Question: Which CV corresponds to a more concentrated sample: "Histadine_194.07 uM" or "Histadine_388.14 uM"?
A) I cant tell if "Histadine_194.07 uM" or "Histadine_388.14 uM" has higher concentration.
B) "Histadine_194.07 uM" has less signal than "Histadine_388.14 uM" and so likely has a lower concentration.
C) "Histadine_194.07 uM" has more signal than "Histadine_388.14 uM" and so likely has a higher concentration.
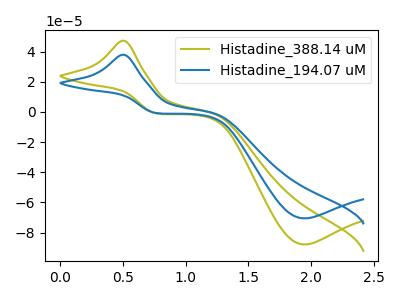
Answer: <think>The olive curve "Histadine_388.14 uM" has an anodic peak at (0.50V, 47.25uA) and a cathodic peak at (1.95V, -87.95uA). The blue curve "Histadine_194.07 uM" has an anodic peak at (0.50V, 37.95uA) and a cathodic peak at (1.95V, -70.60uA).
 All the peaks in "Histadine_194.07 uM" have a peak in "Histadine_388.14 uM" at the same potential. Every peak in "Histadine_194.07 uM" is lower than every peak in "Histadine_388.14 uM".</think>
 <answer>B) "Histadine_194.07 uM" has less signal than "Histadine_388.14 uM" and so likely has a lower concentration.</answer>
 <eval>B</eval>